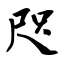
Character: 咫